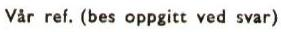
Var ref. (bes oppgitt ved svar)